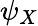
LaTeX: \psi_{X}